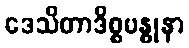
ဒေသိတာဒိစ္စဗန္ဓုနာ